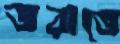
জরাতে